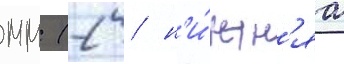
мм (2 / н'и́жн'яа